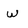
Character: w